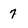
Character: 7